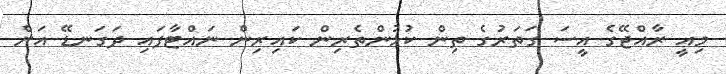
މިއީ ރާއްޖޭގެ އީސަ ގަތަރުގެ ތިން ކުޅުންތެރިން ކައިރިން ނައްޓާފައި ދަގަނޑޭ އަށް